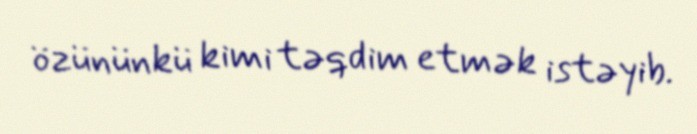
özününkü kimi təqdim etmək istəyib.